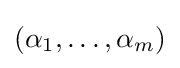
(\alpha _{1},\dots ,\alpha _{m})